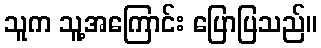
သူက သူ့အကြောင်း ပြောပြသည်။